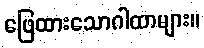
ဖြေထားသောဂါထာများ။